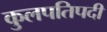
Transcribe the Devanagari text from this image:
कुलपतिपदी